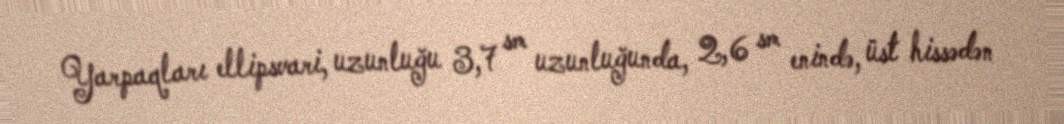
Yarpaqları ellipsvari, uzunluğu 3,7 sm uzunluğunda, 2,6 sm enində, üst hissədən